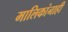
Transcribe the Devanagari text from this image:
मालिकांनाही